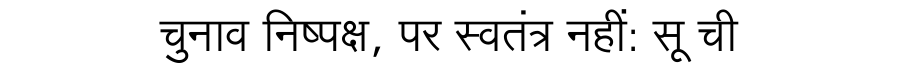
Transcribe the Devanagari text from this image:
चुनाव निष्पक्ष, पर स्वतंत्र नहीं: सू ची